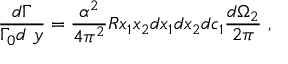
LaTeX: \frac { d \Gamma } { \Gamma _ { 0 } d \ y } = \frac { \alpha ^ { 2 } } { 4 \pi ^ { 2 } } R x _ { 1 } x _ { 2 } d x _ { 1 } d x _ { 2 } d c _ { 1 } \frac { d \Omega _ { 2 } } { 2 \pi } \ ,